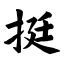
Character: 挺